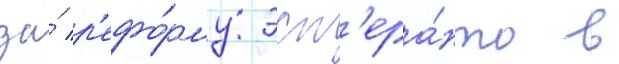
за́ р'ефо́рму эсп'ера́нто в